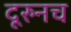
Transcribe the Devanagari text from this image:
दूरुनच